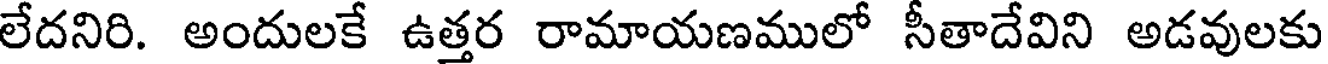
లేదనిరి. అందులకే ఉత్తర రామాయణములో సీతాదేవిని అడవులకు